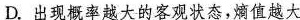
D. 出现概率越大的客观状态，熵值越大